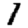
Digit: 1